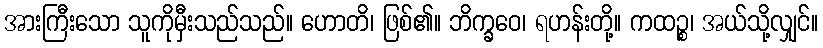
အားကြီးသော သူကိုမှီးသည်သည်။ ဟောတိ၊ ဖြစ်၏။ ဘိက္ခဝေ၊ ရဟန်းတို့။ ကထဉ္စ၊ အယ်သို့လျှင်။